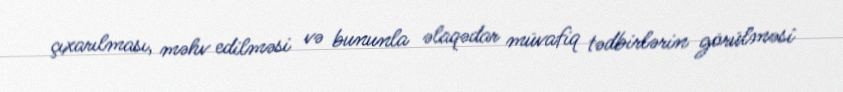
çıxarılması, məhv edilməsi və bununla əlaqədar müvafiq tədbirlərin görülməsi